Tartu_Linna_ja_Maakonna_Kaitseliit, lk 12
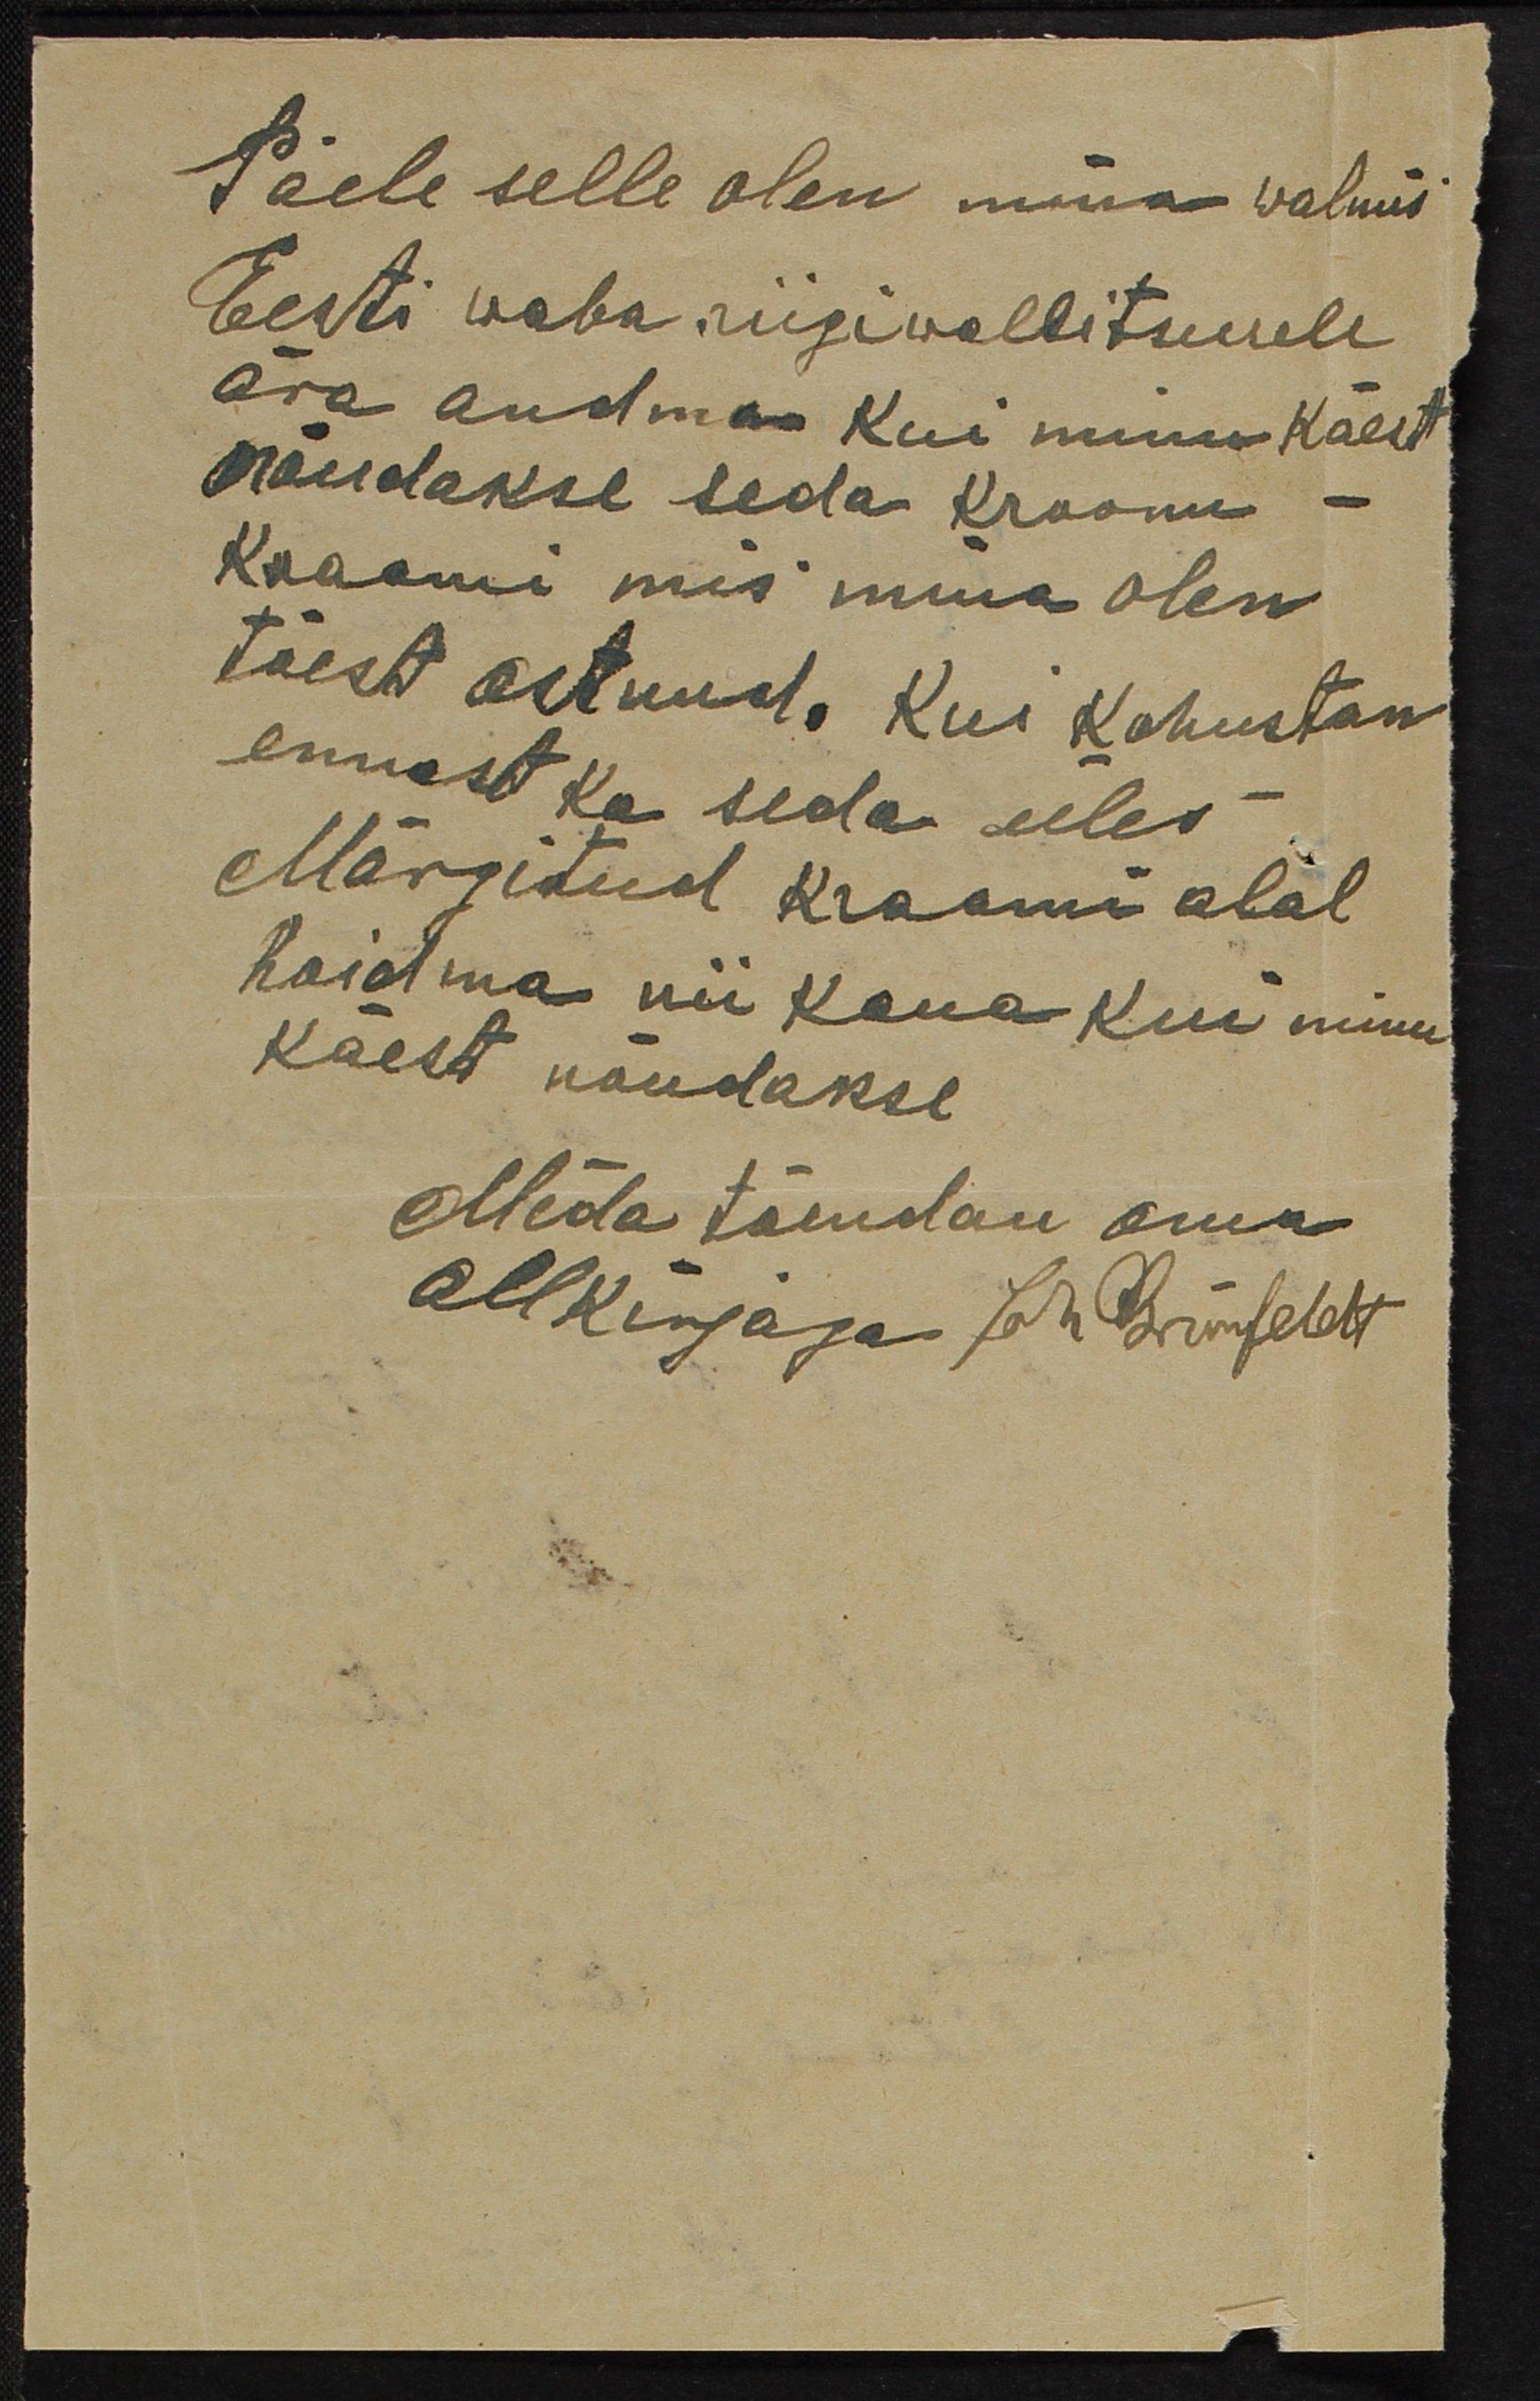
Päele selle olen mina walmis
Eesti waba riigiwallitusele
ära andma kui minu käest
nõudakse seda kroonu
Kraami mis mina olen
tõest ostnud. Kui kohustan
ennast ka seda üles
Märgitud kraami alal
hoidma nii kaua kui minu
käest nõudakse.
Mida tõendan oma
Allkirjaja Joh Grünfeldit